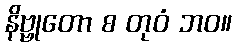
နိဗ္ဗုတော စ တုဝံ ဘဝ။